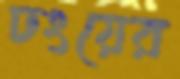
ঢংয়ের